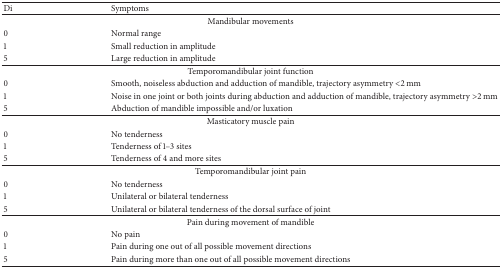
<table><thead><tr><td><b>Di</b></td><td><b>Symptoms</b></td></tr></thead><tbody><tr><td colspan="2">Mandibular movements</td></tr><tr><td>0</td><td>Normal range</td></tr><tr><td>1</td><td>Small reduction in amplitude</td></tr><tr><td>5</td><td>Large reduction in amplitude</td></tr><tr><td colspan="2">Temporomandibular joint function</td></tr><tr><td>0</td><td>Smooth, noiseless abduction and adduction of mandible, trajectory asymmetry &lt;2 mm</td></tr><tr><td>1</td><td>Noise in one joint or both joints during abduction and adduction of mandible, trajectory asymmetry &gt;2 mm</td></tr><tr><td>5</td><td>Abduction of mandible impossible and/or luxation</td></tr><tr><td colspan="2">Masticatory muscle pain</td></tr><tr><td>0</td><td>No tenderness</td></tr><tr><td>1</td><td>Tenderness of 1–3 sites</td></tr><tr><td>5</td><td>Tenderness of 4 and more sites</td></tr><tr><td colspan="2">Temporomandibular joint pain</td></tr><tr><td>0</td><td>No tenderness</td></tr><tr><td>1</td><td>Unilateral or bilateral tenderness</td></tr><tr><td>5</td><td>Unilateral or bilateral tenderness of the dorsal surface of joint</td></tr><tr><td colspan="2">Pain during movement of mandible</td></tr><tr><td>0</td><td>No pain</td></tr><tr><td>1</td><td>Pain during one out of all possible movement directions</td></tr><tr><td>5</td><td>Pain during more than one out of all possible movement directions</td></tr></tbody></table>